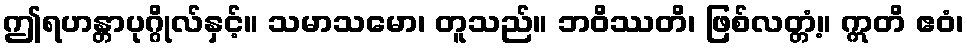
ဤရဟန္တာပုဂ္ဂိုလ်နှင့်။ သမာသမော၊ တူသည်။ ဘဝိဿတိ၊ ဖြစ်လတ္တံ့။ ဣတိ ဧဝံ၊